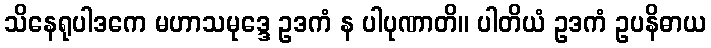
သိနေရုပါဒကေ မဟာသမုဒ္ဒေ ဥဒကံ န ပါပုဏာတိ။ ပါတိယံ ဥဒကံ ဥပနိဓာယ